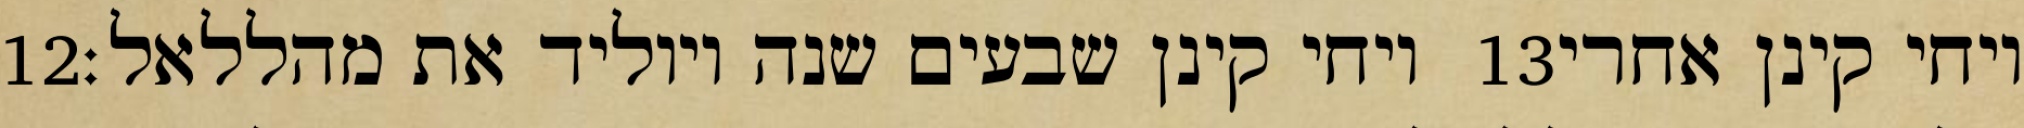
‎12‏ ויחי קינן שבעים שנה ויוליד את מהללאל׃ ‎13‏ ויחי קינן אחרי